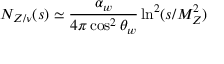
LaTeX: N _ { Z / \nu } ( s ) \simeq \displaystyle { \frac { \alpha _ { w } } { 4 \pi \cos ^ { 2 } \theta _ { w } } } \ln ^ { 2 } ( s / M _ { Z } ^ { 2 } )